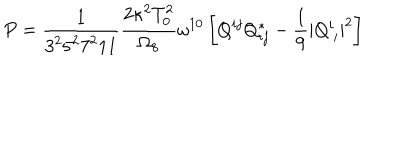
LaTeX: P = \frac { 1 } { 3 ^ { 2 } 5 ^ { 2 } 7 ^ { 2 } 1 1 } \frac { 2 \kappa ^ { 2 } T _ { 0 } ^ { 2 } } { \Omega _ { 8 } } \omega ^ { 1 0 } \left[ Q ^ { i j } Q _ { i j } ^ { * } - \frac { 1 } { 9 } | Q _ { \ i } ^ { i } | ^ { 2 } \right]